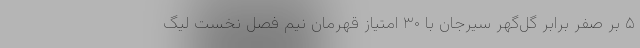
۵ بر صفر برابر گل‌گهر سیرجان با ۳۰ امتیاز قهرمان نیم فصل نخست لیگ